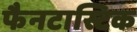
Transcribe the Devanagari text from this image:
फैनटास्टिक